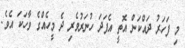
މި ފަހަރު ދައްކަން އޮތީ އެފަދަ ހުނަރުވެރި ދެ މީހެއްގެ ވާހަކަ އެވެ.